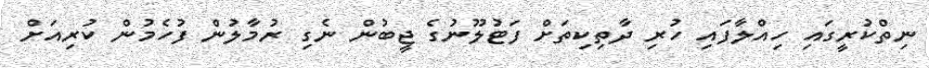
ނިތްކުރީގައި ހިއްލާފައި ހުރި ދާތިކިތަށް ފަޓުލޫނުގެ ޖީބުން ނެގި ރުމާލުން ފުހެމުން ކުރިއަށް